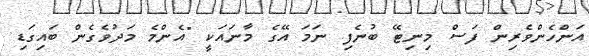
އަންހެންވެރިން ފަސް މިނިޓޭ ބުނެފި ނަމަ އޭގެ މާނައަކީ "އެންމެ މަދުވެގެން ބައިގަޑި